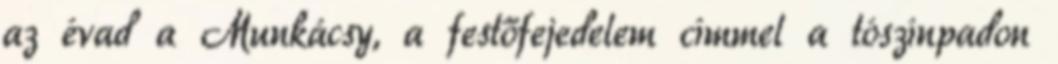
az évad a Munkácsy, a festőfejedelem címmel a tószínpadon